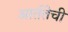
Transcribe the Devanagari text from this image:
आर्ततेची